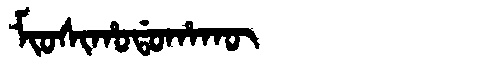
Manchu: ᠮᡳᠣᠰᡳᡥᠣᡩᠣᡥᠠᡴᡡ
Romanization: MIOSIHODOHAKŪ